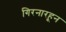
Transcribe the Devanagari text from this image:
गिरनारहून